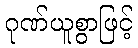
ဂုဏ်ယူစွာဖြင့်